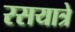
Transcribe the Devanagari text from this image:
रसयात्रे